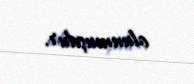
olunmuşdur.